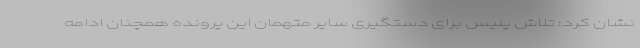
نشان کرد: تلاش پلیس برای دستگیری سایر متهمان این پرونده همچنان ادامه